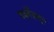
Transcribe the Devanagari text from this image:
यजुर्वेदातून